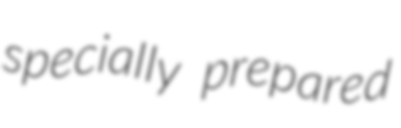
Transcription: specially prepared